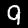
Digit: 9